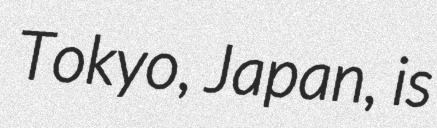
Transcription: Tokyo, Japan, is